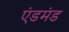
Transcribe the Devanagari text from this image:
एंडमंड